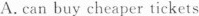
A. can buy cheaper tickets